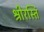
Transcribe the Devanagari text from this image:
श्रीरस्ति